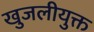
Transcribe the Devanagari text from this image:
खुजलीयुक्त